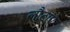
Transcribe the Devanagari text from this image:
लौटाएं